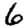
Digit: 6